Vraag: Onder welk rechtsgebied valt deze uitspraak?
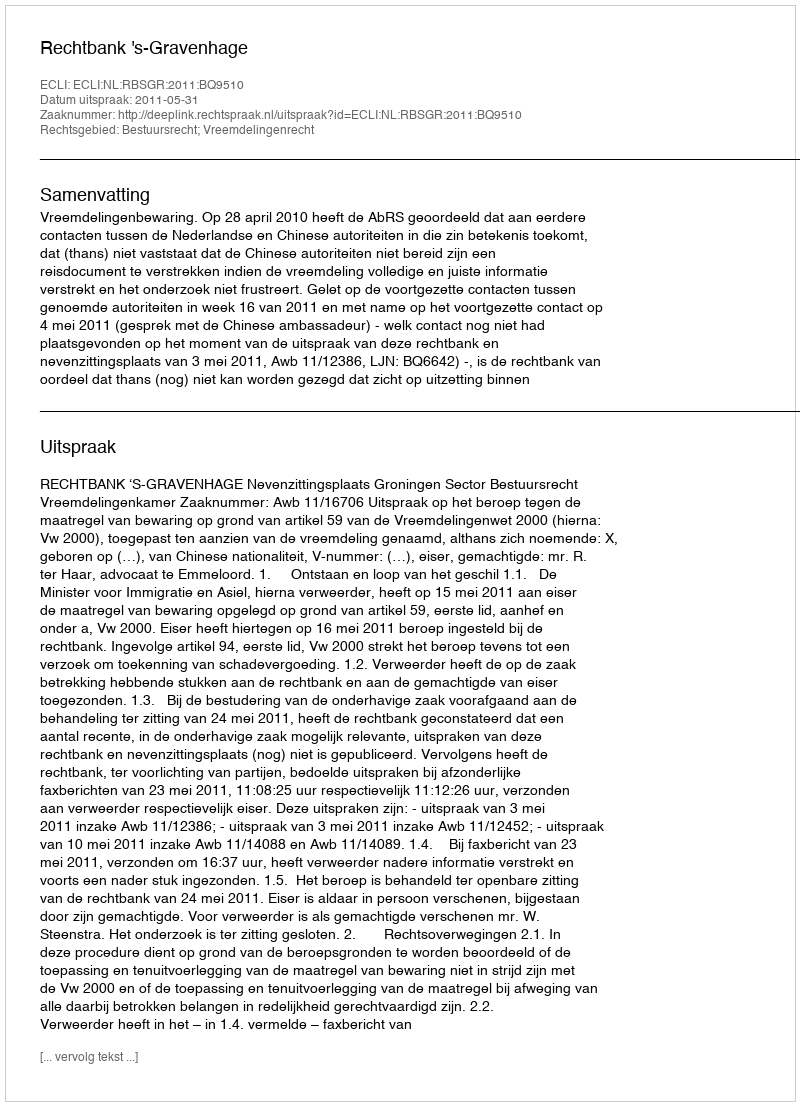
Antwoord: Bestuursrecht; Vreemdelingenrecht